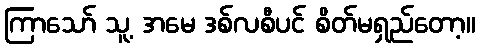
ကြာသော် သူ့ အမေ ဒစ်လစီပင် စိတ်မရှည်တော့။